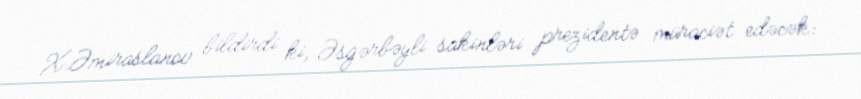
X.Əmiraslanov bildirdi ki, Əsgərbəyli sakinləri prezidentə müraciət edəcək: